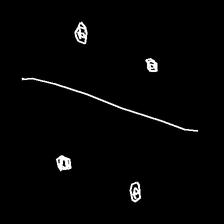
Glyph: cool